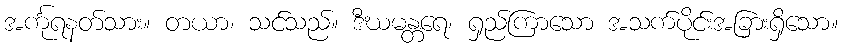
အင်္ကုရနတ်သား။ တယာ၊ သင်သည်။ ဒီဃမန္တရေ၊ ရှည်ကြာသော အသက်ပိုင်းအခြားရှိသော။